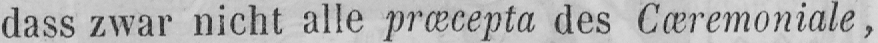
dass zwar nicht alle præcepta des Cæremoniale,